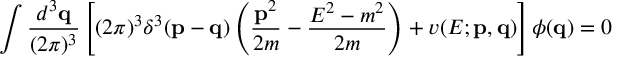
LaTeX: \int { \frac { d ^ { 3 } { \bf q } } { ( 2 \pi ) ^ { 3 } } } \left[ ( 2 \pi ) ^ { 3 } \delta ^ { 3 } ( { \bf p } - { \bf q } ) \left( { \frac { { \bf p } ^ { 2 } } { 2 m } } - { \frac { E ^ { 2 } - m ^ { 2 } } { 2 m } } \right) + v ( E ; { \bf p } , { \bf q } ) \right] \phi ( { \bf q } ) = 0